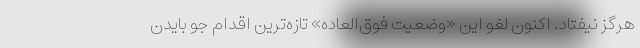
هرگز نیفتاد. اکنون لغو این «وضعیت فوق‌العاده» تازه‌ترین اقدام جو بایدن